Lunatic asylums Central Provinces reports 1874-1885 - 1874-1885
Year: 1874
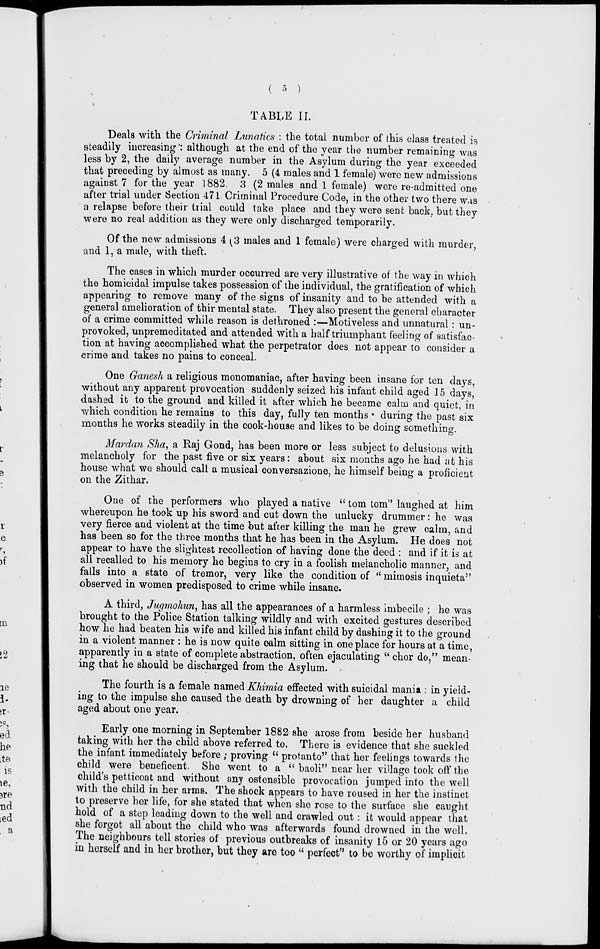
( 5 )
TABLE II.
Deals with the Criminal Lunatics : the total number of this class treated is
steadily increasing : although at the end of the year the number remaining was
less by 2, the daily average number in the Asylum during the year exceeded
that preceding by almost as many. 5 (4 males and 1 female) were new admissions
against 7 for the year 1882. 3 (2 males and 1 female) were re-admitted one
after trial under Section 471 Criminal Procedure Code, in the other two there was
a relapse before their trial could take place and they were sent back, but they
were no real addition as they were only discharged temporarily.
Of the new admissions 4 (3 males and 1 female) were charged with murder,
and 1, a male, with theft.
The cases in which murder occurred are very illustrative of the way in which
the homicidal impulse takes possession of the individual, the gratification of which
appearing to remove many of the signs of insanity and to be attended with a
general amelioration of thir mental state. They also present the general character
of a crime committed while reason is dethroned :—Motiveless and unnatural : un-
provoked, unpremeditated and attended with a half triumphant feeling of satisfac-
tion at having accomplished what the perpetrator does not appear to consider a
crime and takes no pains to conceal.
One Ganesh a religious monomaniac, after having been insane for ten days,
without any apparent provocation suddenly seized his infant child aged 15 days,
dashed it to the ground and killed it after which he became calm and quiet, in
which condition he remains to this day, fully ten months during the past six
months he works steadily in the cook-house and likes to be doing something.
Mardan Sha, a Raj Gond, has been more or less subject to delusions with
melancholy for the past five or six years: about six months ago he had at his
house what we should call a musical conversazione, he himself being a proficient
on the Zithar.
One of the performers who played a native " tom tom" laughed at him
whereupon he took up his sword and cut down the unlucky drummer: he was
very fierce and violent at the time but after killing the man he grew calm, and
has been so for the three months that he has been in the Asylum. He does not
appear to have the slightest recollection of having done the deed : and if it is at
all recalled to his memory he begins to cry in a foolish melancholic manner, and
falls into a state of tremor, very like the condition of "mimosis inquieta"
observed in women predisposed to crime while insane.
A third, Jugmohun, has all the appearances of a harmless imbecile ; he was
brought to the Police Station talking wildly and with excited gestures described
how he had beaten his wife and killed his infant child by dashing it to the ground
in a violent manner : he is now quite calm sitting in one place for hours at a time,
apparently in a state of complete abstraction, often ejaculating " chor do," mean-
ing that he should be discharged from the Asylum.
The fourth is a female named Khimia effected with suicidal mania : in yield-
ing to the impulse she caused the death by drowning of her daughter a child
aged about one year.
Early one morning in September 1882 she arose from beside her husband
taking with her the child above referred to. There is evidence that she suckled
the infant immediately before ; proving " protanto" that her feelings towards the
child were beneficent. She went to a " baoli " near her village took off the
child's petticoat and without any ostensible provocation jumped into the well
with the child in her arms. The shock appears to have roused in her the instinct
to preserve her life, for she stated that when she rose to the surface she caught
hold of a step leading down to the well and crawled out : it would appear that
she forgot all about the child who was afterwards found drowned in the well.
The neighbours tell stories of previous outbreaks of insanity 15 or 20 years ago
in herself and in her brother, but they are too " perfect" to be worthy of implicit